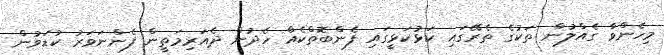
މިހެންވާ ގެއްލުން ތަކުގެ ތެރޭގައި ކަޅުކަޅީގައި ފެންބޮތްކެއް ހެދުން ދެއަރިމަތީން ފެންނަވަރު ކުޑަވުން